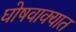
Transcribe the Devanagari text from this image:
घोषवाक्यात